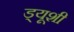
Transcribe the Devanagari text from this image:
ड्यूशी